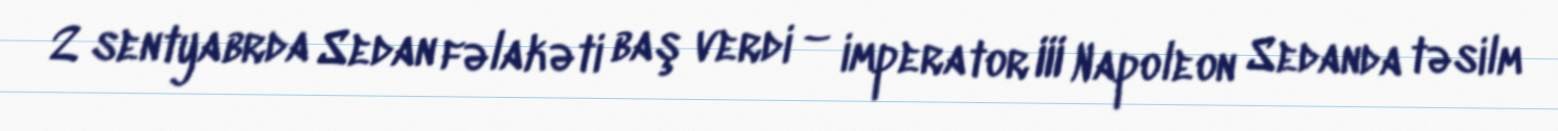
2 sentyabrda Sedan fəlakəti baş verdi – imperator III Napoleon Sedanda təsilm